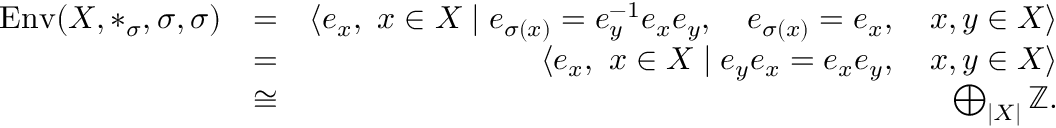
\begin{array} { r l r } { \operatorname { E n v } ( X , * _ { \sigma } , \sigma , \sigma ) } & { = } & { \langle e _ { x } , ~ x \in X \mid e _ { \sigma ( x ) } = e _ { y } ^ { - 1 } e _ { x } e _ { y } , \quad e _ { \sigma ( x ) } = e _ { x } , \quad x , y \in X \rangle } \\ & { = } & { \langle e _ { x } , ~ x \in X \mid e _ { y } e _ { x } = e _ { x } e _ { y } , \quad x , y \in X \rangle } \\ & { \cong } & { \bigoplus _ { | X | } \mathbb { Z } . } \end{array}